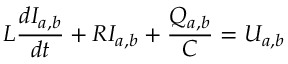
L \frac { d I _ { a , b } } { d t } + R I _ { a , b } + \frac { Q _ { a , b } } { C } = U _ { a , b }